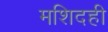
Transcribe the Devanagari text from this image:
मशिदही